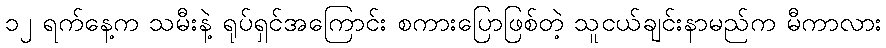
၁၂ ရက်နေ့က သမီးနဲ့ ရုပ်ရှင်အကြောင်း စကားပြောဖြစ်တဲ့ သူငယ်ချင်းနာမည်က မီကာလား